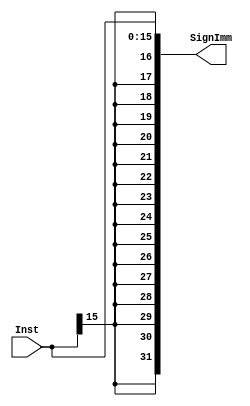
module SignExtend
(
    input   wire    [15:0]  Inst,

    output  wire    [31:0]  SignImm
);

    assign  SignImm = {{16{Inst[15]}},Inst};

endmodule